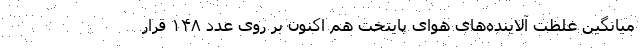
میانگین غلظت آلاینده‌های هوای پایتخت هم اکنون بر روی عدد ۱۴۸ قرار